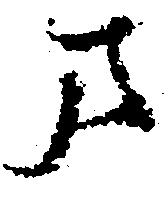
ま